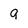
Character: 9